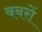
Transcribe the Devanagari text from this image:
बबरों